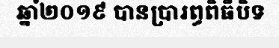
ឆ្នាំ២០១៩ បានប្រារព្ធពិធីបិទ